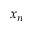
x _ { n }